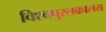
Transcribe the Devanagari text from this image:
विश्वपुस्तकालय